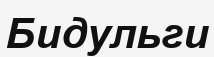
Бидульги